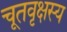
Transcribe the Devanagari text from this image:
चूतवृक्षस्य